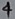
Text: 4